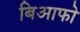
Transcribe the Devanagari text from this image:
बिआफो